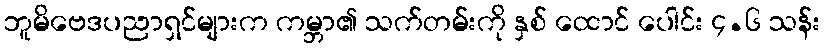
ဘူမိဗေဒပညာရှင်များက ကမ္ဘာ၏ သက်တမ်းကို နှစ် ထောင် ပေါင်း ၄.၆ သန်း